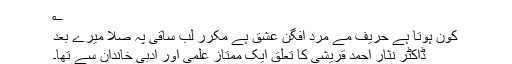
؎
کون ہوتا ہے حریف مے مرد افگن عشق ہے مکرر لب ساقی پہ صلا میرے بعد
ڈاکٹر نثار احمد قریشی کا تعلق ایک ممتاز علمی اور ادبی خاندان سے تھا۔